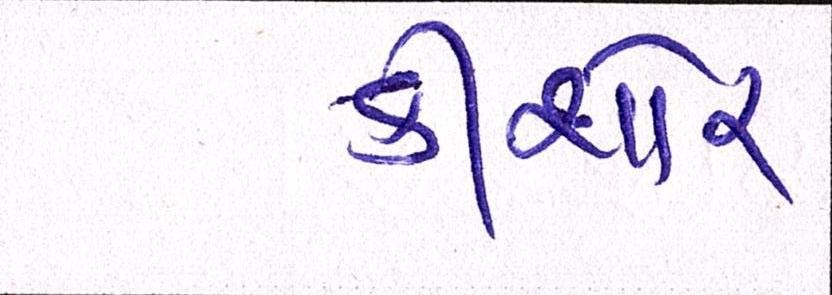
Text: કીશોર